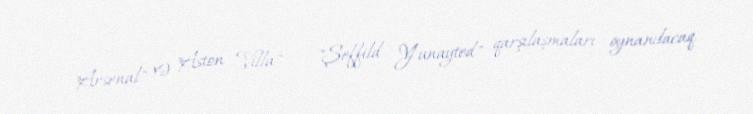
"Arsenal" və "Aston Villa" - "Şeffild Yunayted" qarşılaşmaları oynanılacaq.